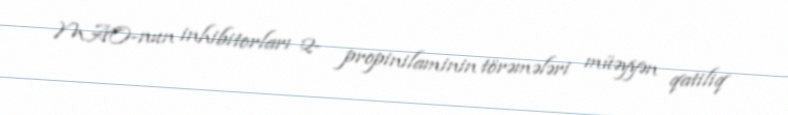
MAO-nun inhibitorları 2- propinilaminin törəmələri müəyyən qatiliq